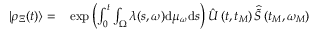
\begin{array} { r l } { | \rho _ { \Xi } ( t ) \rangle = } & { { } \exp \left( \int _ { 0 } ^ { t } \int _ { \Omega } \lambda ( s , \omega ) \mathrm { d } \mu _ { \omega } \mathrm { d } s \right) \hat { U } \left( t , t _ { M } \right) \widehat { \widetilde { S } } \left( t _ { M } , \omega _ { M } \right) } \end{array}